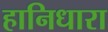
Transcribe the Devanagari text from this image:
हानिधारा